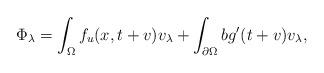
LaTeX: \begin{align*}\Phi_\lambda = \int_\Omega f_u(x,t + v)v_\lambda + \int_{\partial \Omega} b g'(t + v) v_\lambda, \end{align*}